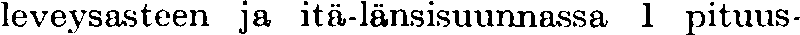
leveysasteen ja itä-länsisuunnassa 1 pituus-